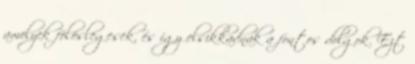
amelyek fölöslegesek, és így elsikkadnak a fontos dolgok. Ezt